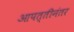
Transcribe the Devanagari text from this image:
आपत्तीनंतर